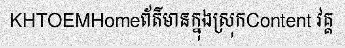
KHTOEMHomeព័ត៌មានក្នុងស្រុកContent វគ្គ